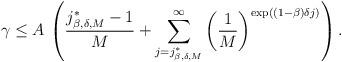
LaTeX: \begin{align*}\gamma\le A\,\left(\frac{j^*_{\beta,\delta,M}-1}{M}+\sum_{j=j^*_{\beta,\delta,M}}^\infty\left(\frac1M\right)^{\exp((1-\beta) \delta j)}\right).\end{align*}